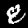
Label: 8